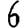
Digit: 6